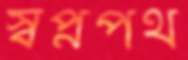
স্বপ্নপথ